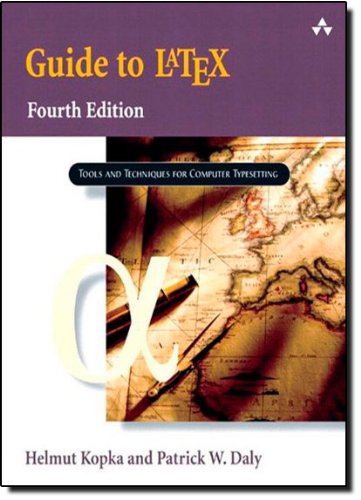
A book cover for Guide to LaTeX (4th Edition); Helmut Kopka; Computers & Technology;